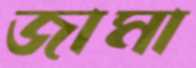
জামা